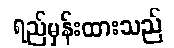
ရည်မှန်းထားသည်